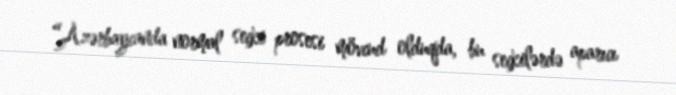
“Azərbaycanda normal seçki prosesi mövcud olduqda, bu seçkilərdə aparıcı